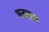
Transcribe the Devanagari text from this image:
घनराम